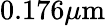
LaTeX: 0.176\mu\mathrm{m}